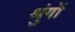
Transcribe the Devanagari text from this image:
श्रुंगों